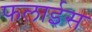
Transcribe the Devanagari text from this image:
फलाईस